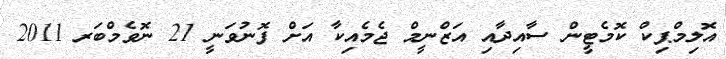
އޮލިމްޕިކް ކޮމެޓީން ސާއިދާއި އަޒްނީމް ޖެމެއިކާ އަށް ފޮނުވަނީ 21 ނޮވެމްބަރ 2011